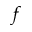
f